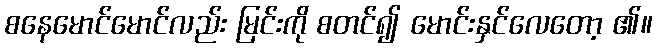
စနေမောင်မောင်လည်း မြင်းကို စတင်၍ မောင်းနှင်လေတော့ ၏။